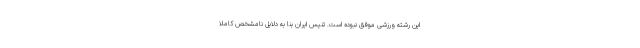
این رشته ورزشی موفق نبوده است. تنیس ایران بنا به دلایل نامشخص کاملا